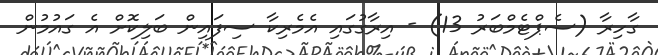
ގާހިރާ (ސެޕްޓެމްބަރު 13) - އިރާގުގައި އެމެރިކާ ސިފައިން ބަލިކޮށް އެ ގައުމުން